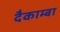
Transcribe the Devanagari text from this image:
दैकाम्बा